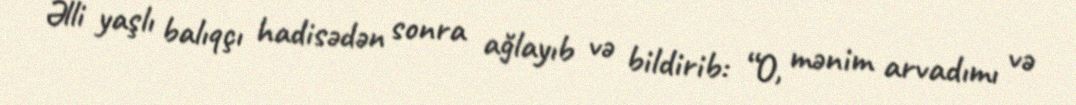
Əlli yaşlı balıqçı hadisədən sonra ağlayıb və bildirib: “O, mənim arvadımı və